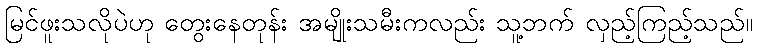
မြင်ဖူးသလိုပဲဟု တွေးနေတုန်း အမျိုးသမီးကလည်း သူ့ဘက် လှည့်ကြည့်သည်။